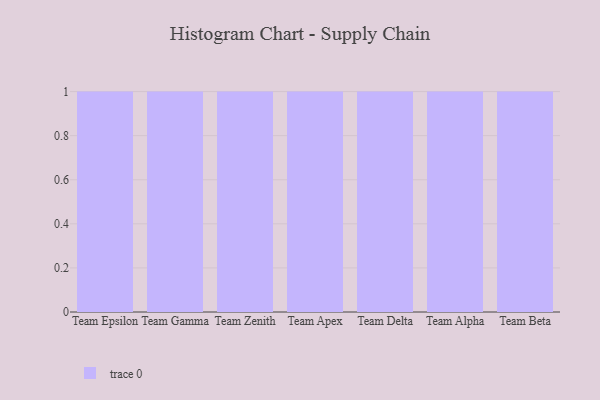
{"axis": {"x": "Team", "y": "Latency (ms)"}, "legend": [""], "data": [{"x": "Team Epsilon", "y": 98, "type": ""}, {"x": "Team Gamma", "y": 59, "type": ""}, {"x": "Team Zenith", "y": 50, "type": ""}, {"x": "Team Apex", "y": 90, "type": ""}, {"x": "Team Delta", "y": 34, "type": ""}, {"x": "Team Alpha", "y": 13, "type": ""}, {"x": "Team Beta", "y": 85, "type": ""}]}